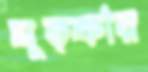
ঘূত্কার